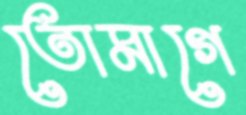
তোমাগে